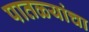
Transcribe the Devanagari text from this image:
पातळ्यांचा